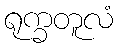
ရုက္ခတူလံ